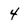
Character: 4